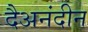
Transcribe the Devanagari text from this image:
दैअनंदीन